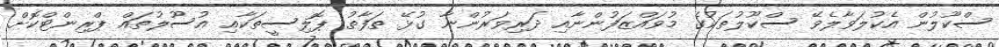
ސްކޫލުން އެކުލަވާލެވޭ ސްކޫލުތަކުގެ މުވައްޒަފުންނާއި ދަރިވަރުންނާ ގުޅޭ ތަފާތު ޕޮލިސީތަކާއި އުސޫލުތައް ޕްރިންޓްކޮށް